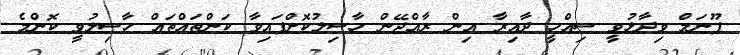
ޕޫނަމް ވިދާޅުވީ ސިއްހީ ދާއިރާ އިން ރާއްޖޭން ހާސިލުކޮށްފައިވާ ކަންތައްތައް ހާސިލުވީ ކޮންމެ